Annual report of the Punjab Veterinary College and of the Civil Veterinary Department, Punjab - 1926-1932
Year: 1926
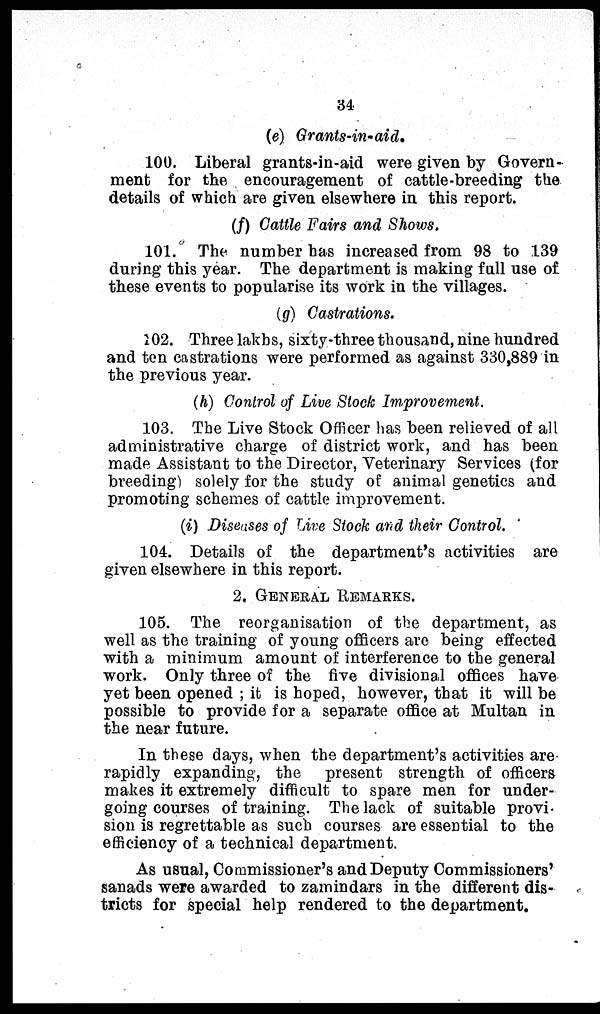
34
(e) Grants-in-aid.
100. Liberal grants-in-aid were given by Govern-
ment for the encouragement of cattle-breeding the
details of which are given elsewhere in this report.
(f) Cattle Fairs and Shows.
101. The number has increased from 98 to 139
during this year. The department is making full use of
these events to popularise its work in the villages.
(g) Castrations.
102. Three lakhs, sixty-three thousand, nine hundred
and ten castrations were performed as against 330,889 in
the previous year.
(h) Control of Live Stock Improvement.
103. The Live Stock Officer has been relieved of all
administrative charge of district work, and has been
made Assistant to the Director, Veterinary Services (for
breeding) solely for the study of animal genetics and
promoting schemes of cattle improvement.
(i) Diseases of Live Stock and their Control.
104. Details of the department's activities are
given elsewhere in this report.
2 . GENERAL REMARKS.
105. The reorganisation of the department, as
well as the training of young officers are being effected
with a minimum amount of interference to the general
work. Only three of the five divisional offices have
yet been opened ; it is hoped, however, that it will be
possible to provide for a separate office at Multan in
the near future.
In these days, when the department's activities are
rapidly expanding, the present strength of officers
makes it extremely difficult to spare men for under-
going courses of training. The lack of suitable provi-
sion is regrettable as such courses are essential to the
efficiency of a technical department.
As usual, Commissioner's and Deputy Commissioners'
sanads were awarded to zamindars in the different dis-
tricts for special help rendered to the department.